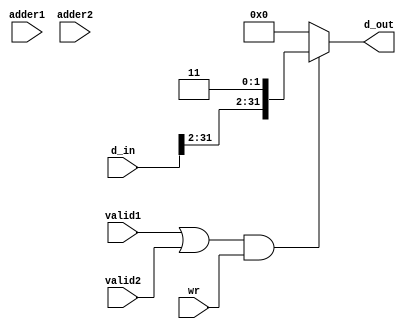
module Conti_Assignment (adder1,adder2,wr,d_in,valid1,valid2,d_out);
input [31:0] adder1,adder2,d_in;
input valid1,valid2,wr;
output [31:0] d_out;

wire valid;
wire [31:0] adder;

assign adder[31:0] = adder1 [31:0] ^ adder2 [31:0] ;
assign valid = valid1 | valid2 ;
assign d_out[31:0] = (valid&wr) ? {d_in[31:2],2'b11} : 32'd0 ;

endmodule